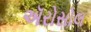
ઍરોસોલ